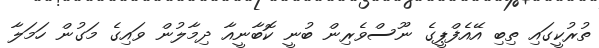
ތުރުކީގައި ތިބި އޭއެފްޕީގެ ނޫސްވެރިން ބުނީ ކޮބާނީއާ ދިމާލުން ވައިގެ މަގުން ހަމަލާ